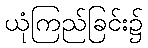
ယုံကြည်ခြင်း၌